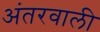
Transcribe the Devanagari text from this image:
अंतरवाली